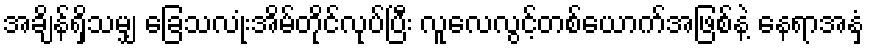
အချိန်ရှိသမျှ ခြေသလုံးအိမ်တိုင်လုပ်ပြီး လူလေလွင့်တစ်ယောက်အဖြစ်နဲ့ နေရာအနှံ့